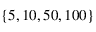
\{ 5 , 1 0 , 5 0 , 1 0 0 \}